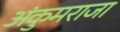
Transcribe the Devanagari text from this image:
अंकुमराजा